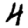
Digit: 4